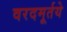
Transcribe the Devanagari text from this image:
वरदमूर्तये